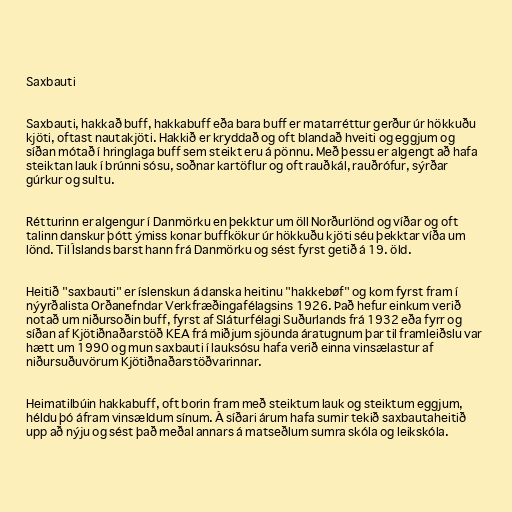
Saxbauti

Saxbauti, hakkað buff, hakkabuff eða bara buff er matarréttur gerður úr hökkuðu
kjöti, oftast nautakjöti. Hakkið er kryddað og oft blandað hveiti og eggjum og
síðan mótað í hringlaga buff sem steikt eru á pönnu. Með þessu er algengt að hafa
steiktan lauk í brúnni sósu, soðnar kartöflur og oft rauðkál, rauðrófur, sýrðar
gúrkur og sultu.

Rétturinn er algengur í Danmörku en þekktur um öll Norðurlönd og víðar og oft
talinn danskur þótt ýmiss konar buffkökur úr hökkuðu kjöti séu þekktar víða um
lönd. Til Íslands barst hann frá Danmörku og sést fyrst getið á 19. öld.

Heitið "saxbauti" er íslenskun á danska heitinu "hakkebøf" og kom fyrst fram í
nýyrðalista Orðanefndar Verkfræðingafélagsins 1926. Það hefur einkum verið
notað um niðursoðin buff, fyrst af Sláturfélagi Suðurlands frá 1932 eða fyrr og
síðan af Kjötiðnaðarstöð KEA frá miðjum sjöunda áratugnum þar til framleiðslu var
hætt um 1990 og mun saxbauti í lauksósu hafa verið einna vinsælastur af
niðursuðuvörum Kjötiðnaðarstöðvarinnar.

Heimatilbúin hakkabuff, oft borin fram með steiktum lauk og steiktum eggjum,
héldu þó áfram vinsældum sínum. Á síðari árum hafa sumir tekið saxbautaheitið
upp að nýju og sést það meðal annars á matseðlum sumra skóla og leikskóla.